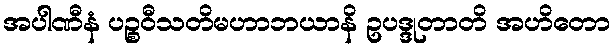
အပါဏီနံ ပဉ္စဝီသတိမဟာဘယာနိ ဥပဒ္ဒုတာတိ အဟိတော